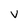
Character: v